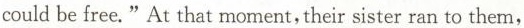
could be free."At that moment, their sister ran to them,